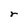
Character: r